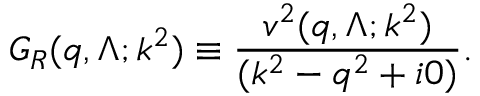
G _ { R } ( q , \Lambda ; k ^ { 2 } ) \equiv \frac { v ^ { 2 } ( q , \Lambda ; k ^ { 2 } ) } { ( k ^ { 2 } - q ^ { 2 } + i 0 ) } .